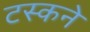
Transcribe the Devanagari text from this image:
टस्कने